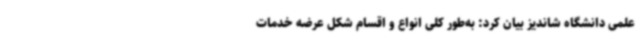
علمی دانشگاه شاندیز بیان کرد: به‌طور کلی انواع و اقسام شکل عرضه خدمات